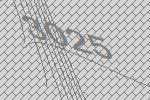
3025